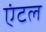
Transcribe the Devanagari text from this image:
एंटल